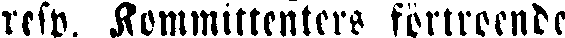
resp. Kommittenters förtroende